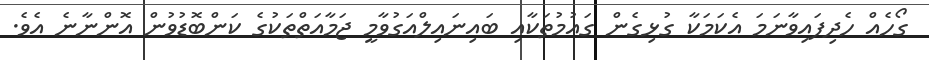
ގޯހެއް ހެދިފައިވާނަމަ އެކަމަކާ ގުޅިގެން ގައުމުތަކާއި ބައިނައިލްއަގުވާމީ ޖަމާއަތްތަކުގެ ކަންބޮޑުވުން އޮންނާނެ އެވެ.